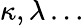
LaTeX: \kappa,\lambda\ldots